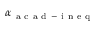
\alpha _ { \mathrm { ~ a ~ c ~ a ~ d ~ - ~ i ~ n ~ e ~ q ~ } }